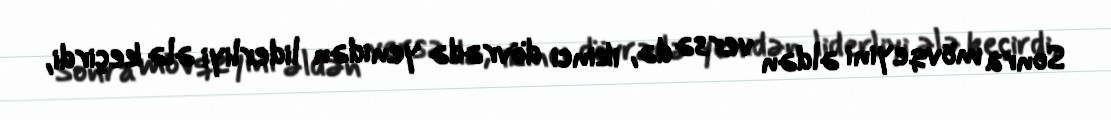
Sonra mövqeyini əldən versə də, ikinci dövrədə yenidən liderliyi ələ keçirdi,